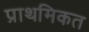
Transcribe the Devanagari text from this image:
प्राथमिकत